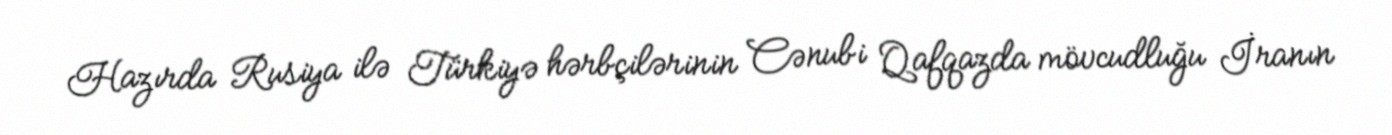
Hazırda Rusiya ilə Türkiyə hərbçilərinin Cənubi Qafqazda mövcudluğu İranın